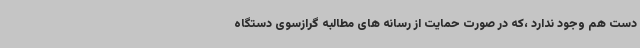
دست هم وجود ندارد ،که در صورت حمایت از رسانه های مطالبه گرازسوی دستگاه